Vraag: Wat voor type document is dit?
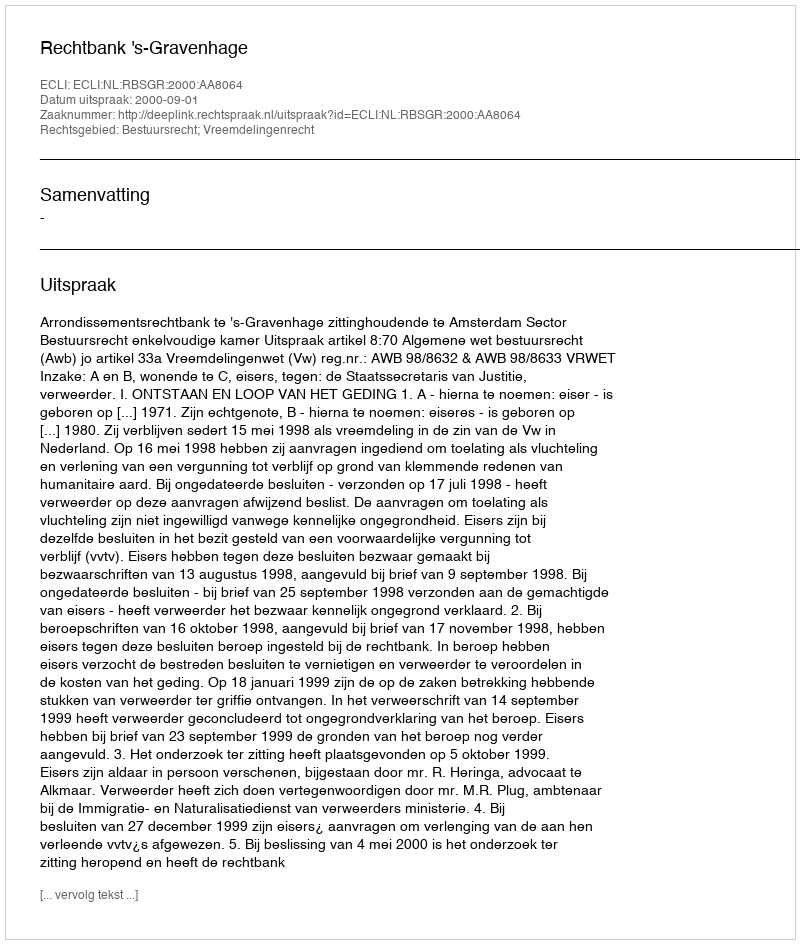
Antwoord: Uitspraak